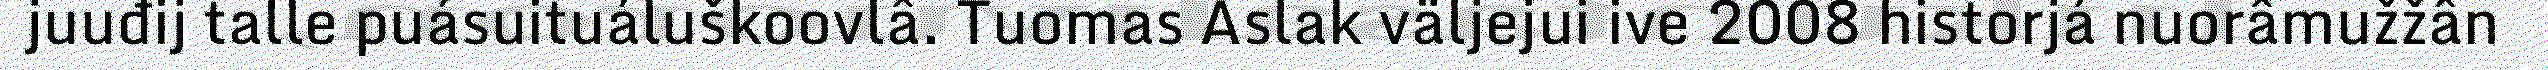
juuđij talle puásuituáluškoovlâ. Tuomas Aslak väljejui ive 2008 historjá nuorâmužžân